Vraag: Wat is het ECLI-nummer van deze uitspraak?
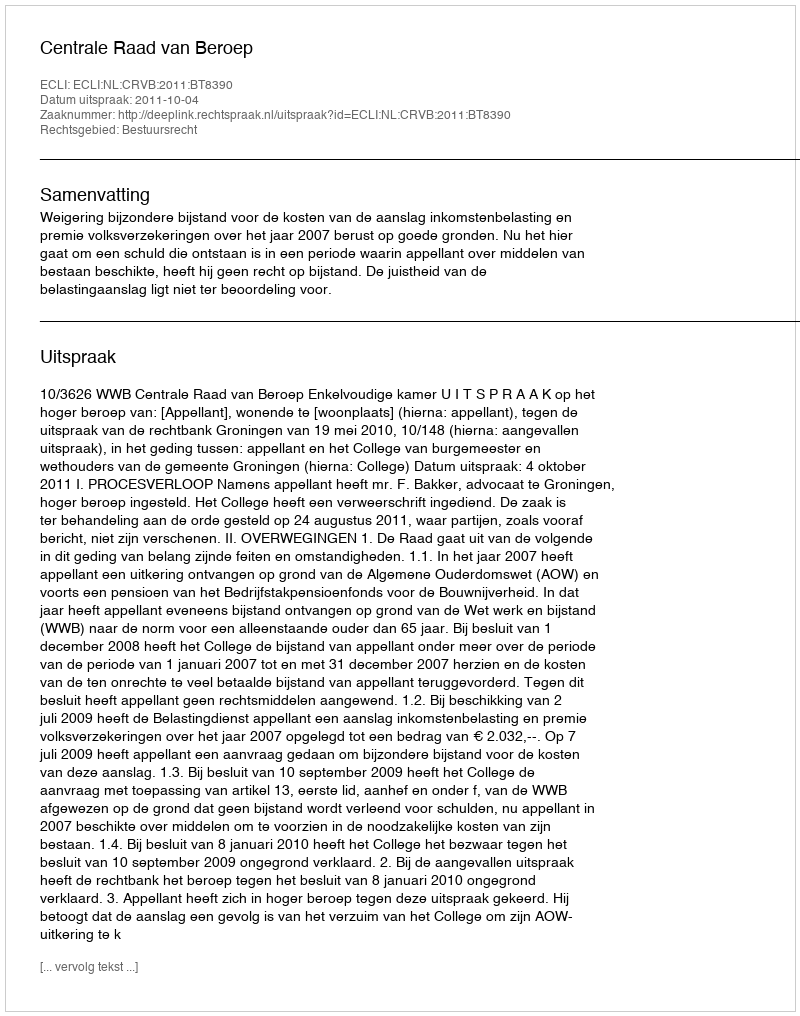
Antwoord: ECLI:NL:CRVB:2011:BT8390